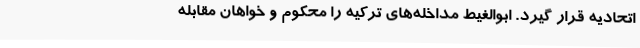
اتحادیه قرار گیرد. ابوالغیط مداخله‌های ترکیه را محکوم و خواهان مقابله